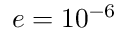
e = 1 0 ^ { - 6 }